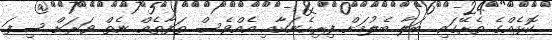
ކޮޅެއްގެ ތެރޭގައި ބަލާ ބެލުމަށް ފިރިހެނަކާއި އެއްވެސް ތަފާތެއް ނެތް ވަރަށް ސިފަ